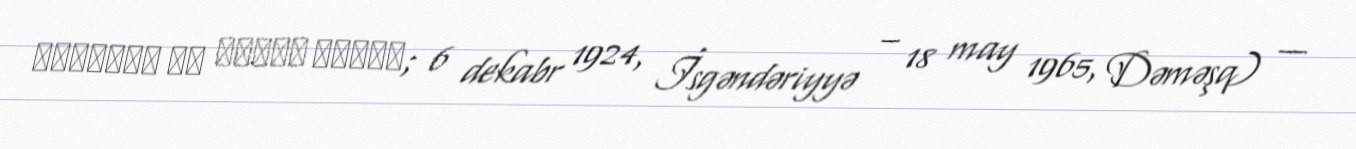
إيلياهو بن شاؤول كوهين; 6 dekabr 1924, İsgəndəriyyə – 18 may 1965, Dəməşq) —